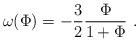
LaTeX: \begin{align*}\omega (\Phi ) = -{3\over 2} {\Phi \over 1+ \Phi } \ .\end{align*}